Indian journal of veterinary science and animal husbandry - Volume 8,
Year: 1938
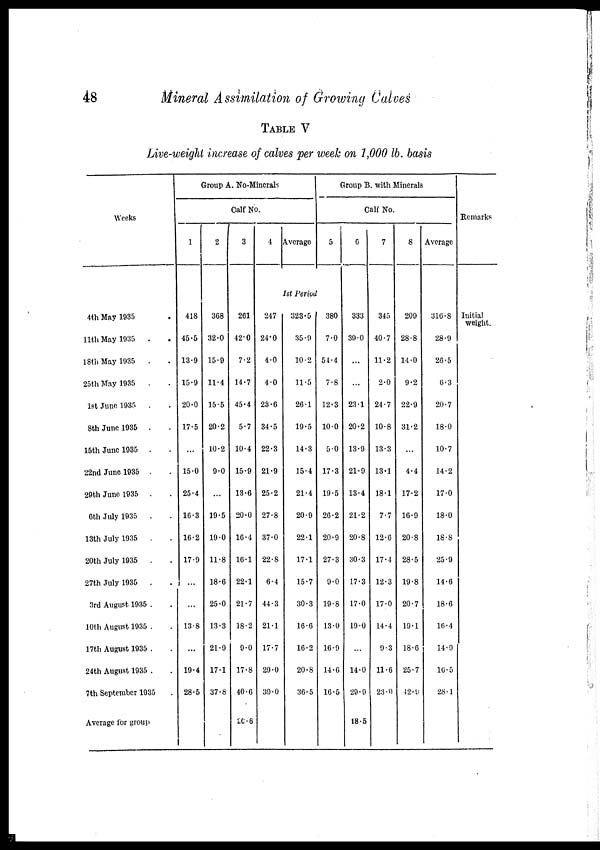
48
Mineral Assimilation of Growing Calves
TABLE V
Live-weight increase of calves per week on 1,000 lb. basis
Weeks
4th May 1935 .
11th May 1935 . .
18th May 1935 . .
25th May 1935 . .
1st June 1935 . .
8th June 1935 . .
15th June 1935 . .
22nd June 1935 . .
29th June 1935 . .
6th July 1935 . .
13th July 1935 . .
20th July 1935 . .
27th July 1935 . .
3rd August 1935 . .
10th August 1935 . .
17th August 1935 . .
24th August 1935 . .
7th September 1935 .
Average for group
Group A. No-Minerals
Calf No.
1
418
45.5
13.9
15.9
20.0
17.5
...
15.0
25.4
16.3
16.2
17.9
...
...
13.8
...
19.4
28.5
2
368
32.0
15.9
11.4
15.5
20.2
10.2
9.0
...
19.5
19.0
11.8
18.6
25.0
13.3
21.9
17.1
37.8
3
261
42.0
7.2
14.7
45.4
5.7
10.4
15.9
13.6
20.0
16.4
16.1
22.1
21.7
18.2
9.0
17.8
40.0
26.6
4
247
24.0
4.0
4.0
23.6
34.5
22.3
21.9
25.2
27.8
37.0
22.8
6.4
44.3
21.1
17.7
29.0
39.0
Average
1st Period
323.5
35.9
10.2
11.5
26.1
19.5
14.3
15.4
21.4
20.9
22.1
17.1
15.7
30.3
16.6
16.2
20.8
36.5
Group B. with Minerals
Calf No.
5
380
7.0
54.4
7.8
12.3
10.0
5.0
17.3
19.5
26.2
20.9
27.3
9.0
19.8
13.0
10.9
14.6
16.5
6
333
39.0
...
...
23.1
20.2
13.9
21.9
13.4
21.2
20.8
30.3
17.3
17.0
19.0
...
14.0
29.9
18.5
7
345
40.7
11.2
2.0
24.7
10.8
13.3
13.1
18.1
7.7
12.6
17.4
12.3
17.0
14.4
9.3
11.6
23.0
8
209
28.8
14.0
9.2
22.9
31.2
...
4.4
17.2
16.9
20.8
28.5
19.8
20.7
19.1
18.6
25.7
42.9
Average
316.8
28.9
26.5
6.3
20.7
18.0
10.7
14.2
17.0
18.0
18.8
25.9
14.6
18.6
16.4
14.9
16.5
28.1
Remarks
Initial
weight.